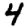
Digit: 4